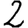
Digit: 2